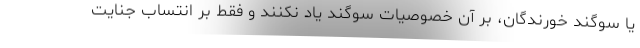
یا سوگند خورندگان، بر آن خصوصیات سوگند یاد نکنند و فقط بر انتساب جنایت